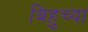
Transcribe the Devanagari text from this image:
बिहुच्या